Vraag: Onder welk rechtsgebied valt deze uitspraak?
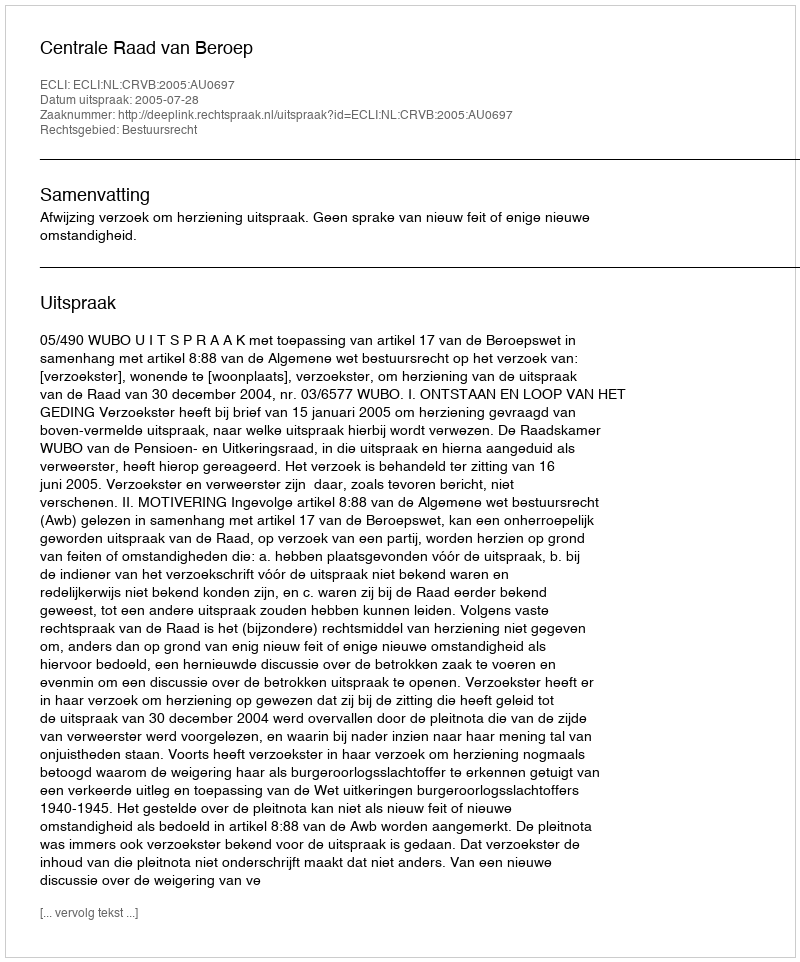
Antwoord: Bestuursrecht